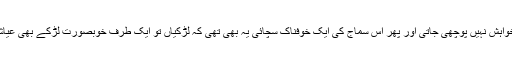
مگر شوکت اس سڑے-گلے نظام میں یہ سب کر رہی تھیں جہاں لڑکیوں کی خواہش نہیں پوچھی جاتی اور پھر اس سماج کی ایک خوفناک سچائی یہ بھی تھی کہ لڑکیاں تو ایک طرف خوبصورت لڑکے بھی عیاشی کے لیے حرم میں بٹھا لیے جاتے تھے، بدن کےاقتدار کی یہی تہذیب تھی۔